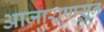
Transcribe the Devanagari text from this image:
आजारापासून